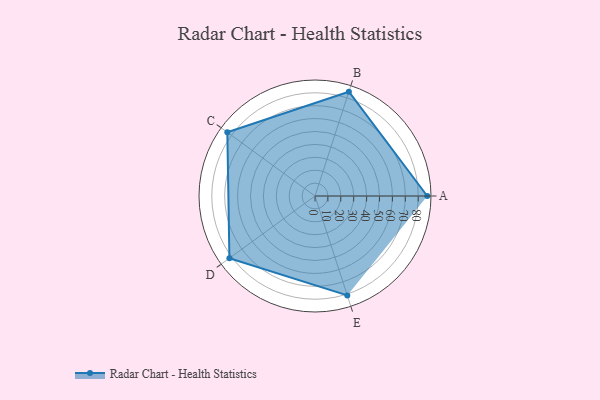
{"axis": {"x": "Skill", "y": "Score"}, "legend": ["Profile"], "data": [{"x": "A", "y": 87.0, "type": "Profile"}, {"x": "B", "y": 85.0, "type": "Profile"}, {"x": "C", "y": 84.0, "type": "Profile"}, {"x": "D", "y": 82.0, "type": "Profile"}, {"x": "E", "y": 81.0, "type": "Profile"}]}